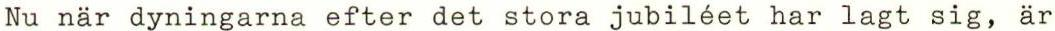
Nu när dyningarna efter det stora jubiléet har lagt sig, är